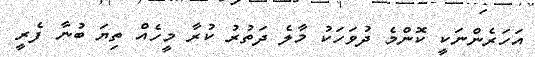
އަހަރެންނަކީ ކޮންމެ ދުވަހަކު މާލެ ދަތުރު ކުރާ މީހެއް ތިޔަ ބުނާ ފެރީ